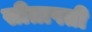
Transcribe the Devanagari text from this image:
सीतापती